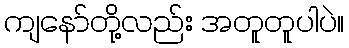
ကျနော်တို့လည်း အတူတူပါပဲ။